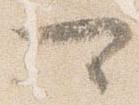
可